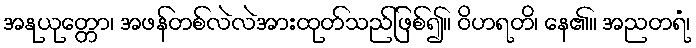
အနုယုတ္တော၊ အဖန်တစ်လဲလဲအားထုတ်သည်ဖြစ်၍။ ဝိဟရတိ၊ နေ၏။ အညတရံ၊